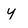
Character: y